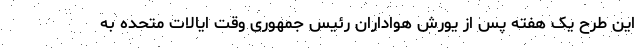
این طرح یک هفته پس از یورش هواداران رئیس جمهوری وقت ایالات متحده به